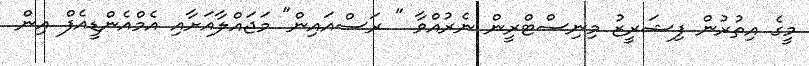
މީގެ އިތުރުން ފިޝަރީޒު މިނިސްޓްރީން ނެރުއްވާ " ރަސްއައިން" މަޖައްލާއަށާއި އެމްއެންޑީއެފް އިން